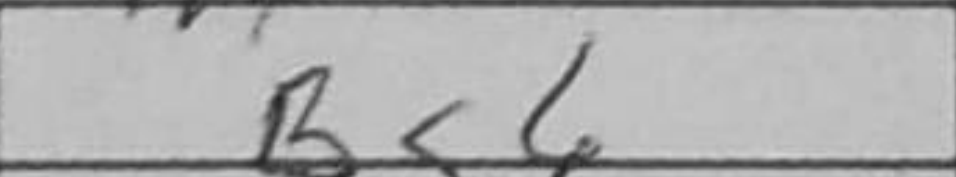
Transcription: Bg6